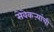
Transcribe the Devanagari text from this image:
सेवेकऱ्यांची